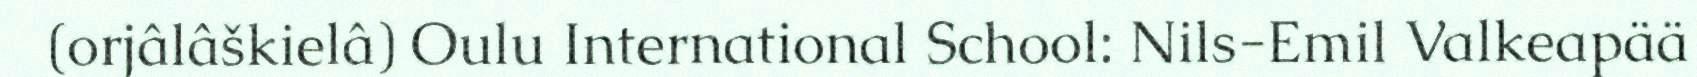
(orjâlâškielâ) Oulu International School: Nils-Emil Valkeapää